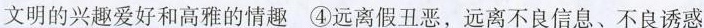
文明的兴趣爱好和高雅的情趣④远离假丑恶，远离不良信息、不良诱惑